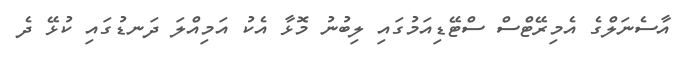
އާސެނަލްގެ އެމިރޭޓްސް ސްޓޭޑިއަމުގައި ލިބުނު މޮޅާ އެކު އަމިއްލަ ދަނޑުގައި ކުޅޭ ދެ